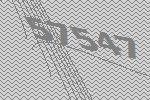
57547